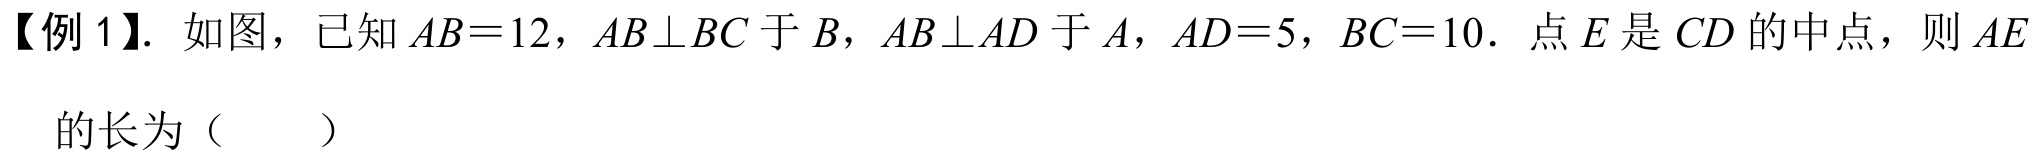
【例 1】. 如图，已知 \(AB = 12\)，\(AB\perp BC\) 于 \(B\)，\(AB\perp AD\) 于 \(A\)，\(AD = 5\)，\(BC = 10\)．点 \(E\) 是 \(CD\) 的中点，则 \(AE\)
的长为（  ）